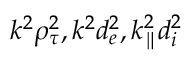
k ^ { 2 } \rho _ { \tau } ^ { 2 } , k ^ { 2 } d _ { e } ^ { 2 } , k _ { \parallel } ^ { 2 } d _ { i } ^ { 2 }